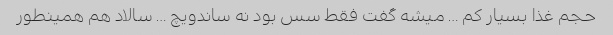
حجم غذا بسیار کم … میشه گفت فقط سس بود نه ساندویچ … سالاد هم همینطور